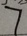
7